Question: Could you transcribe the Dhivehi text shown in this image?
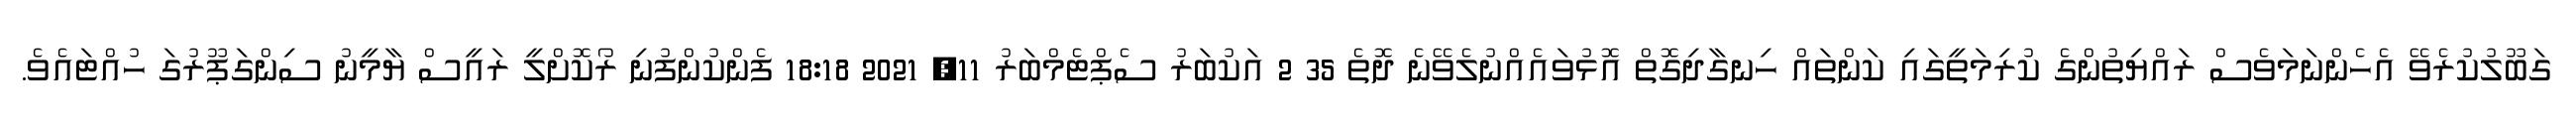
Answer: ގަބޫލުކުރެވޭ އެހެންނަމަވެސް ރައްޔިތުންގެ ކުރިމަތީގައި ކަންތައް ހިނގާދިގޮތް އޮޅުވައެއްނުލެވޭނެ ދޮތެ 35 2 އަކުބަރު ސެޕްޓެމްބަރު 11, 2021 18:18 ފެންކުންފުނި ރޯކޮށްލީ ރައީސް ޔާމީނު ސިންގަޕޫރުގަ ހުއްޓައެވެ.